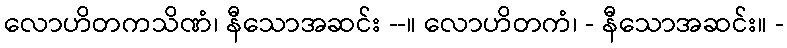
လောဟိတကသိဏံ၊ နီသောအဆင်း --။ လောဟိတကံ၊ - နီသောအဆင်း။ -